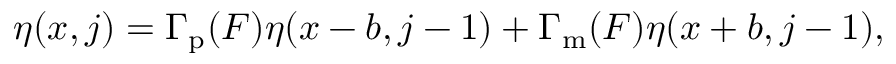
\begin{array} { r } { \eta ( x , j ) = \Gamma _ { \mathrm { p } } ( F ) \eta ( x - b , j - 1 ) + \Gamma _ { \mathrm { m } } ( F ) \eta ( x + b , j - 1 ) , } \end{array}